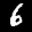
Label: 6